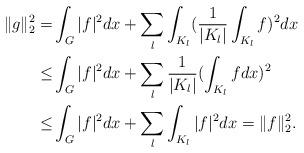
LaTeX: \begin{align*}\|g\|_2^2=&\int_G |f|^2 dx +\sum_l\int_{K_l} (\frac{1}{|K_l|}\int_{K_l} f)^2 dx\\\le& \int_G |f|^2 dx +\sum_l\frac{1}{|K_l|}(\int_{K_l}f dx)^2\\\le& \int_G |f|^2 dx +\sum_l\int_{K_l} |f|^2 dx=\|f\|_2^2.\end{align*}